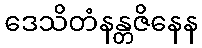
ဒေသိတံနန္တဇိနေန